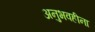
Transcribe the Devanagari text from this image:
अनुभवहीना